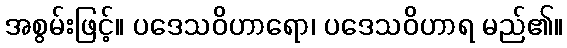
အစွမ်းဖြင့်။ ပဒေသဝိဟာရော၊ ပဒေသဝိဟာရ မည်၏။